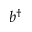
b ^ { \dagger }